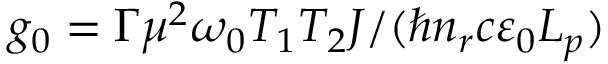
g _ { 0 } = \Gamma \mu ^ { 2 } \omega _ { 0 } T _ { 1 } T _ { 2 } J / ( \hbar n _ { r } c \varepsilon _ { 0 } L _ { p } )